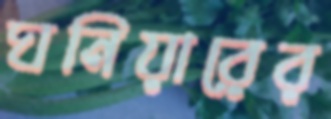
ঘনিয়ারের